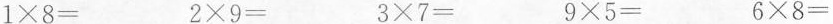
$$1\times 8=$$ $$2\times 9=$$ $$3\times 7=$$ $$9\times 5=$$ $$6\times 8=$$